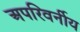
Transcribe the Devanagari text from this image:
अपरिवर्नीय